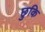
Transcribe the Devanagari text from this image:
छुकि